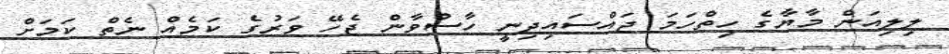
ލިލިއަން މާޔާގެ ހިތްހަމަ ޖައްސައިދިނީ ހާސްވާން ޖެހޭ ވަރުގެ ކަމެއް ނެތް ކަމަށް